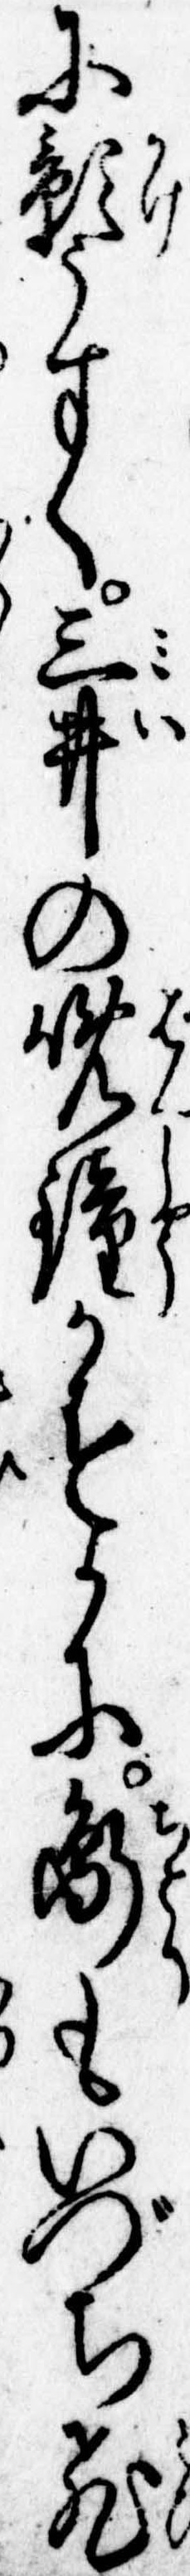
に影うすく三井の晩鐘かすかに鵆もいづち飛